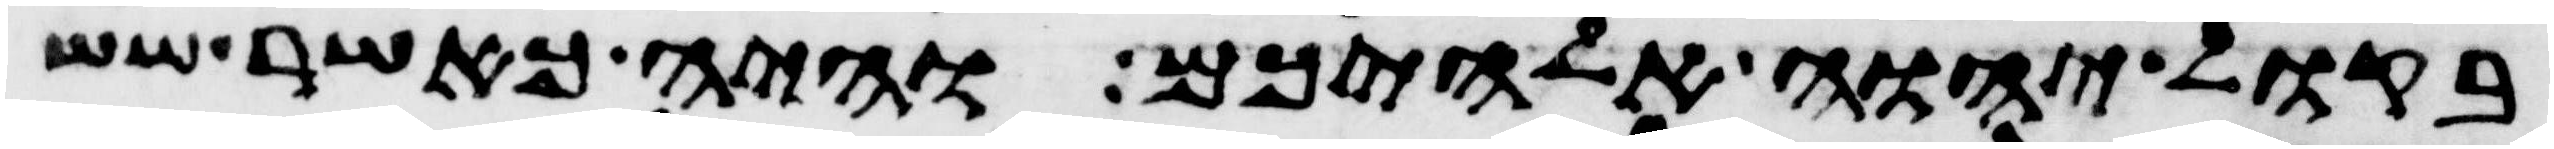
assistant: בקול יהוה אלהיכם והיה כאשר שש